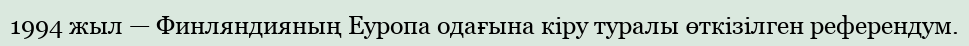
1994 жыл — Финляндияның Еуропа одағына кіру туралы өткізілген референдум.